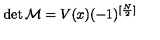
\det { \cal M } = V ( x ) ( - 1 ) ^ { [ \frac N 2 ] }